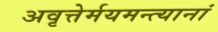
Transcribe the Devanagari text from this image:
अवृत्तेर्मयमन्त्यानां